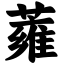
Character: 蕹